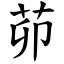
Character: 茆